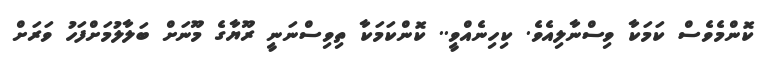
ކޮންމެވެސް ކަމަކާ ވިސްނާލިއެވެ. ކިހިނެއްވީ.. ކޮންކަމަކާ ތިވިސްނަނީ ރޫޔާގެ މޫނަށް ބަލާލުމަށްފަހު ވަރަށް